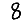
Digit: 8